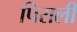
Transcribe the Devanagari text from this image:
पिराली